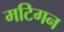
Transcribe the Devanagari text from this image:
मटिगन